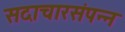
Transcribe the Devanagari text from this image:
सदाचारसंपन्न